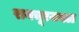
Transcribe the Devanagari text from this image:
रायचूरजवळ